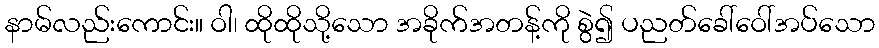
နာမ်လည်းကောင်း။ ဝါ၊ ထိုထိုသို့သော အခိုက်အတန့်ကို စွဲ၍ ပညတ်ခေါ်ဝေါ်အပ်သော